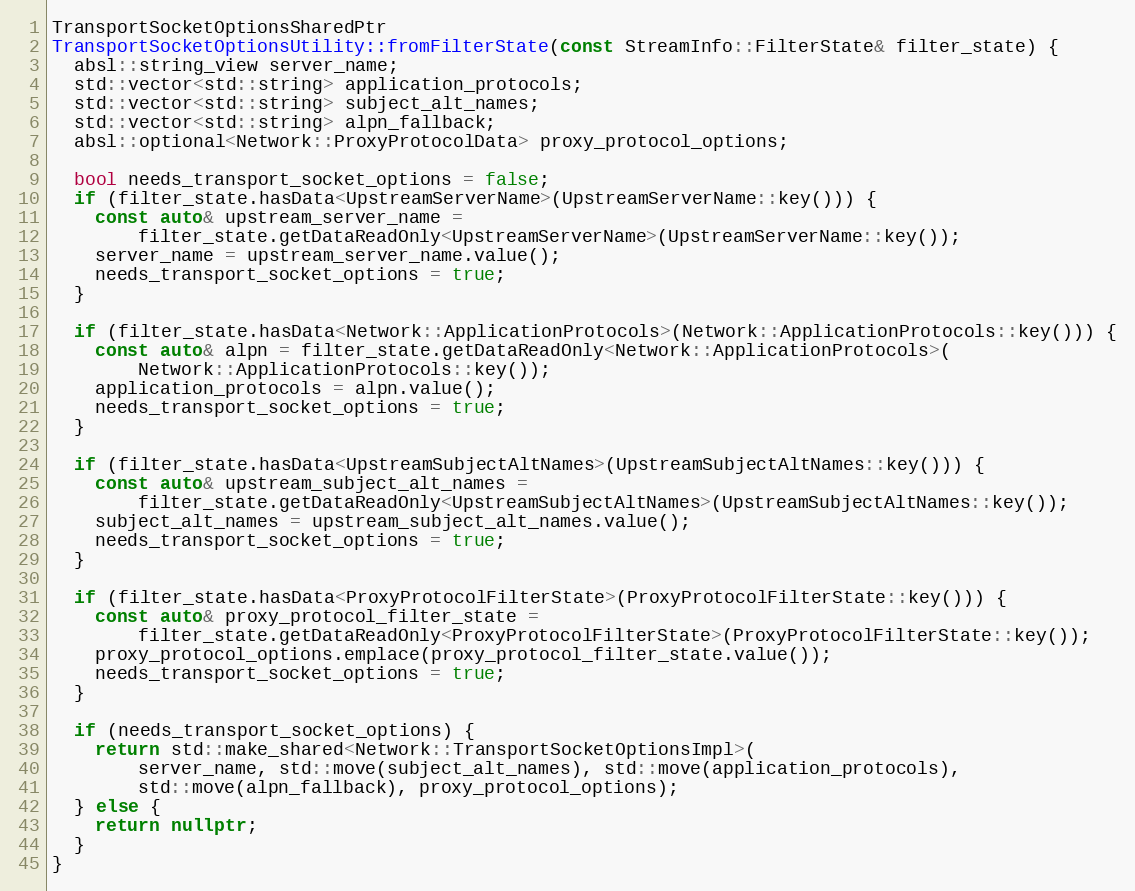
Language: C++
TransportSocketOptionsSharedPtr
TransportSocketOptionsUtility::fromFilterState(const StreamInfo::FilterState& filter_state) {
  absl::string_view server_name;
  std::vector<std::string> application_protocols;
  std::vector<std::string> subject_alt_names;
  std::vector<std::string> alpn_fallback;
  absl::optional<Network::ProxyProtocolData> proxy_protocol_options;

  bool needs_transport_socket_options = false;
  if (filter_state.hasData<UpstreamServerName>(UpstreamServerName::key())) {
    const auto& upstream_server_name =
        filter_state.getDataReadOnly<UpstreamServerName>(UpstreamServerName::key());
    server_name = upstream_server_name.value();
    needs_transport_socket_options = true;
  }

  if (filter_state.hasData<Network::ApplicationProtocols>(Network::ApplicationProtocols::key())) {
    const auto& alpn = filter_state.getDataReadOnly<Network::ApplicationProtocols>(
        Network::ApplicationProtocols::key());
    application_protocols = alpn.value();
    needs_transport_socket_options = true;
  }

  if (filter_state.hasData<UpstreamSubjectAltNames>(UpstreamSubjectAltNames::key())) {
    const auto& upstream_subject_alt_names =
        filter_state.getDataReadOnly<UpstreamSubjectAltNames>(UpstreamSubjectAltNames::key());
    subject_alt_names = upstream_subject_alt_names.value();
    needs_transport_socket_options = true;
  }

  if (filter_state.hasData<ProxyProtocolFilterState>(ProxyProtocolFilterState::key())) {
    const auto& proxy_protocol_filter_state =
        filter_state.getDataReadOnly<ProxyProtocolFilterState>(ProxyProtocolFilterState::key());
    proxy_protocol_options.emplace(proxy_protocol_filter_state.value());
    needs_transport_socket_options = true;
  }

  if (needs_transport_socket_options) {
    return std::make_shared<Network::TransportSocketOptionsImpl>(
        server_name, std::move(subject_alt_names), std::move(application_protocols),
        std::move(alpn_fallback), proxy_protocol_options);
  } else {
    return nullptr;
  }
}